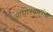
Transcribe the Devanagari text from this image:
आघारकरांना